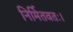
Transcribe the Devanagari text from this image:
निर्मितवतः।